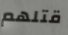
قتلهم